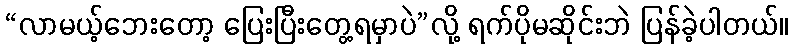
“လာမယ့်ဘေးတော့ ပြေးပြီးတွေ့ရမှာပဲ”လို့ ရက်ပိုမဆိုင်းဘဲ ပြန်ခဲ့ပါတယ်။